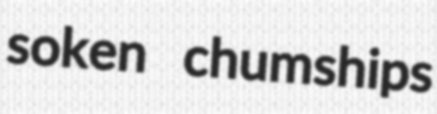
soken chumships